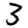
Digit: 3